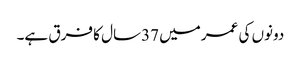
دونوں کی عمرمیں 37سال کا فرق ہے۔